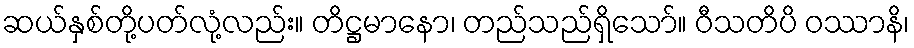
ဆယ်နှစ်တို့ပတ်လုံ့လည်း။ တိဋ္ဌမာနော၊ တည်သည်ရှိသော်။ ဝီသတိပိ ဝဿာနိ၊